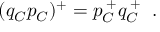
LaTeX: ( q _ { \cal C } p _ { \cal C } ) ^ { + } = p _ { \cal C } ^ { \; + } q _ { \cal C } ^ { \; + } \; \; .